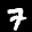
Label: 7